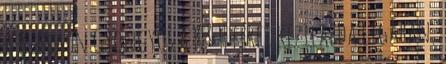
a B. Braun Gyöngyös a K&H férfi kézilabda ligában,